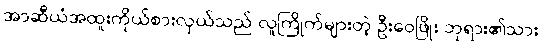
အာဆီယံအထူးကိုယ်စားလှယ်သည် လူကြိုက်များတဲ့ ဦးဝေဖြိုး ဘုရား၏သား